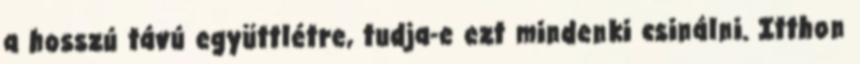
a hosszú távú együttlétre, tudja-e ezt mindenki csinálni. Itthon